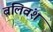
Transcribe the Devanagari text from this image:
बलिवंश